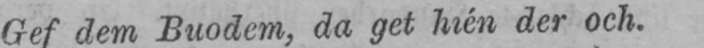
Gef dem Buodem, da get hién der och.